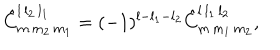
\hat { C } _ { m \, m _ { 2 } \, m _ { 1 } } ^ { l \, l _ { 2 } \, l _ { 1 } } = ( - 1 ) ^ { l - l _ { 1 } - l _ { 2 } } \hat { C } _ { m \, m _ { 1 } \, m _ { 2 } } ^ { l \, l _ { 1 } \, l _ { 2 } } ,